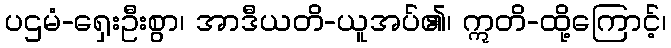
ပဌမံ-ရှေးဦးစွာ၊ အာဒီယတိ-ယူအပ်၏၊ ဣတိ-ထို့ကြောင့်၊